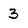
Character: 3